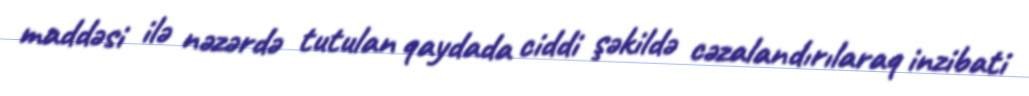
maddəsi ilə nəzərdə tutulan qaydada ciddi şəkildə cəzalandırılaraq inzibati